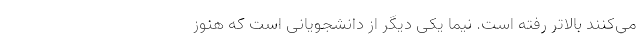
می‌کنند بالاتر رفته است. نیما یکی دیگر از دانشجویانی است که هنوز